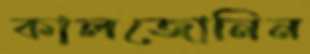
কালজোনিন